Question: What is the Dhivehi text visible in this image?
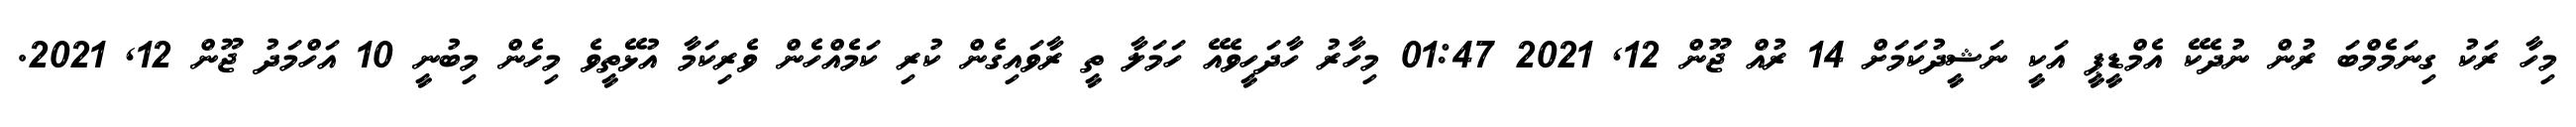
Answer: މިހާ ރަކު ގިނަމެމްބަ ރުން ނުދެކޭ އެމްޑީޕީ އަކީ ނަޝީދުކަމަށް 14 ރުއް ޖޫން 12, 2021 01:47 މިހާރު ހާދަހީވެއޭ ހަމަލާ ތީ ރާވައިގެން ކުރި ކަމެއްހެން ވެރިކަމާ އުޅޭތީވެ މިހެން މިބުނީ 10 އަހްމަދު ޖޫން 12, 2021.